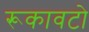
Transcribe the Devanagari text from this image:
रूकावटो